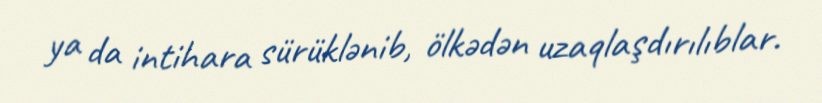
ya da intihara sürüklənib, ölkədən uzaqlaşdırılıblar.